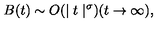
B ( t ) \sim O ( \mid t \mid ^ { \sigma } ) ( t \rightarrow \infty ) ,